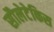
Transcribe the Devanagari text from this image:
सौलेटेकिस